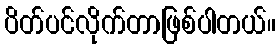
ပိတ်ပင်လိုက်တာဖြစ်ပါတယ်။